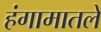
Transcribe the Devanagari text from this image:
हंगामातले